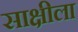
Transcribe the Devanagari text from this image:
साक्षीला